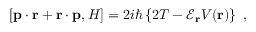
\left[ { \bf p } \cdot { \bf r } + { \bf r } \cdot { \bf p } , H \right] = 2 i \hbar \left\{ 2 T - { \mathcal E } _ { \bf r } V ( { \bf r } ) \right\} \; ,